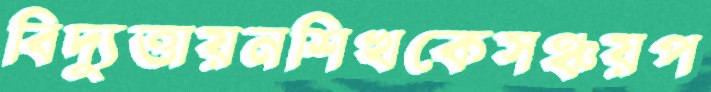
বিদ্যুত্তায়নশিখকেসঞ্চয়প